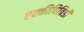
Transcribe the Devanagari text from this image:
एक्कीपित्रिडी